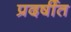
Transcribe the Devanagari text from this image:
प्रदर्षीत